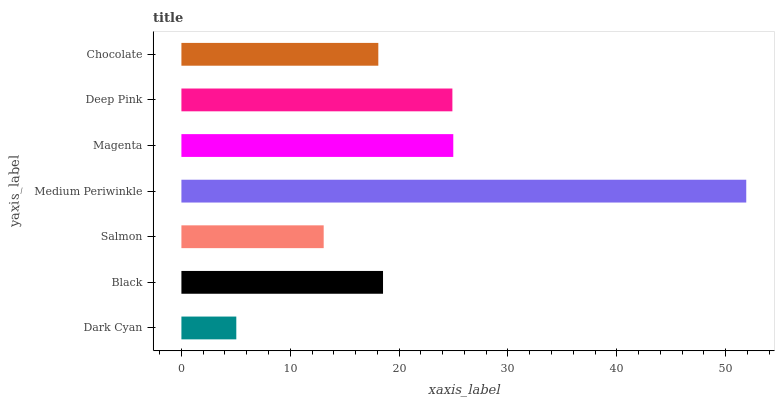
| yaxis_label | bars |
 | --- | --- |
 | Dark Cyan | 5.04 |
 | Black | 18.5 |
 | Salmon | 13.1 |
 | Medium Periwinkle | 51.9 |
 | Magenta | 25 |
 | Deep Pink | 24.9 |
 | Chocolate | 18.1 |